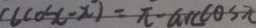
( \cos - x ) = \pi - \arccos x